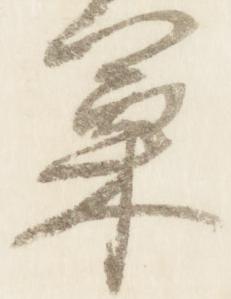
篥